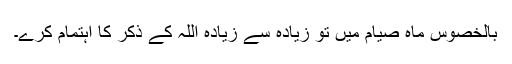
بالخصوس ماہ صیام میں تو زیادہ سے زیادہ اللہ کے ذکر کا اہتمام کرے۔